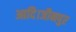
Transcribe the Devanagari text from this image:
आदि।जौनपुर